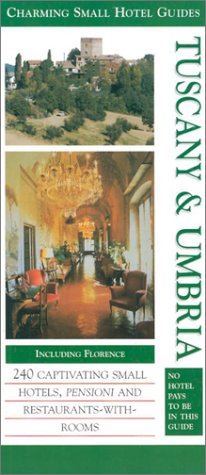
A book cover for Tuscany & Umbria (Charming Small Hotel Guides Tuscany & Umbria); Travel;